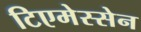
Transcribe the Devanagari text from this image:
टिएमेस्सेन